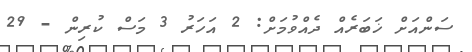
ސަންއަށް ޚަބަރެއް ދެއްވުމަށް: 2 އަހަރު 3 މަސް ކުރިން - 29